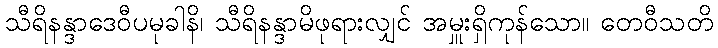
သီရိနန္ဒာဒေဝီပမုခါနိ၊ သီရိနန္ဒာမိဖုရားလျှင် အမှူးရှိကုန်သော။ တေဝီသတိ